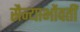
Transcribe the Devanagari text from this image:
सैन्याभोंवतीं